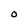
Character: 0